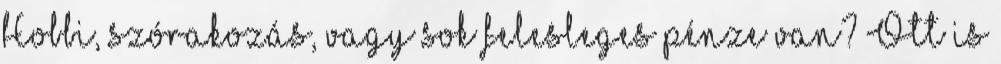
Hobbi, szórakozás, vagy sok felesleges pénze van? Ott is